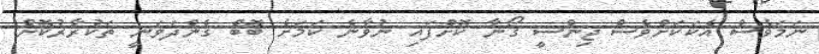
ނަމަވެސް އެކަކަށްވެސް ޖިންސީ ގޯނާ ކޮށްފައި ނުވާނެ ކަމަށެ ބޮބް ގެންދަވަނީ ތަކުރާރުކޮށް